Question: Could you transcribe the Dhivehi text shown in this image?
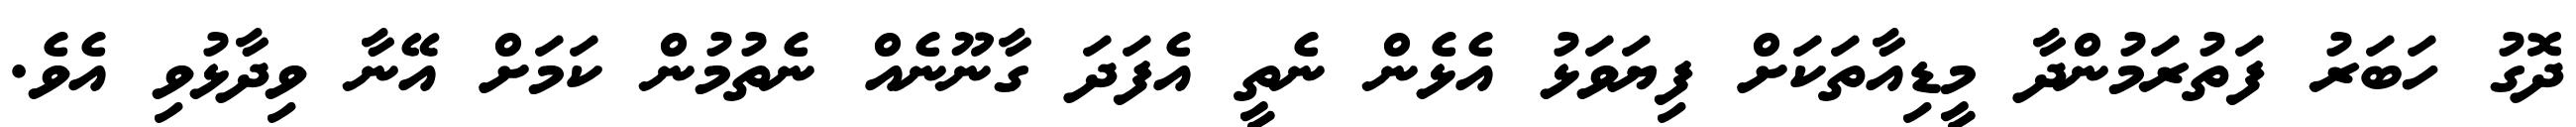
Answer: ދޮގު ހަބަރު ފަތުރަމުންދާ މީޑިއާތަކަށް ފިޔަވަޅު އެޅެން ނެތީ އެފަދަ ގާނޫނެއް ނެތުމުން ކަމަށް އޭނާ ވިދާޅުވި އެވެ.